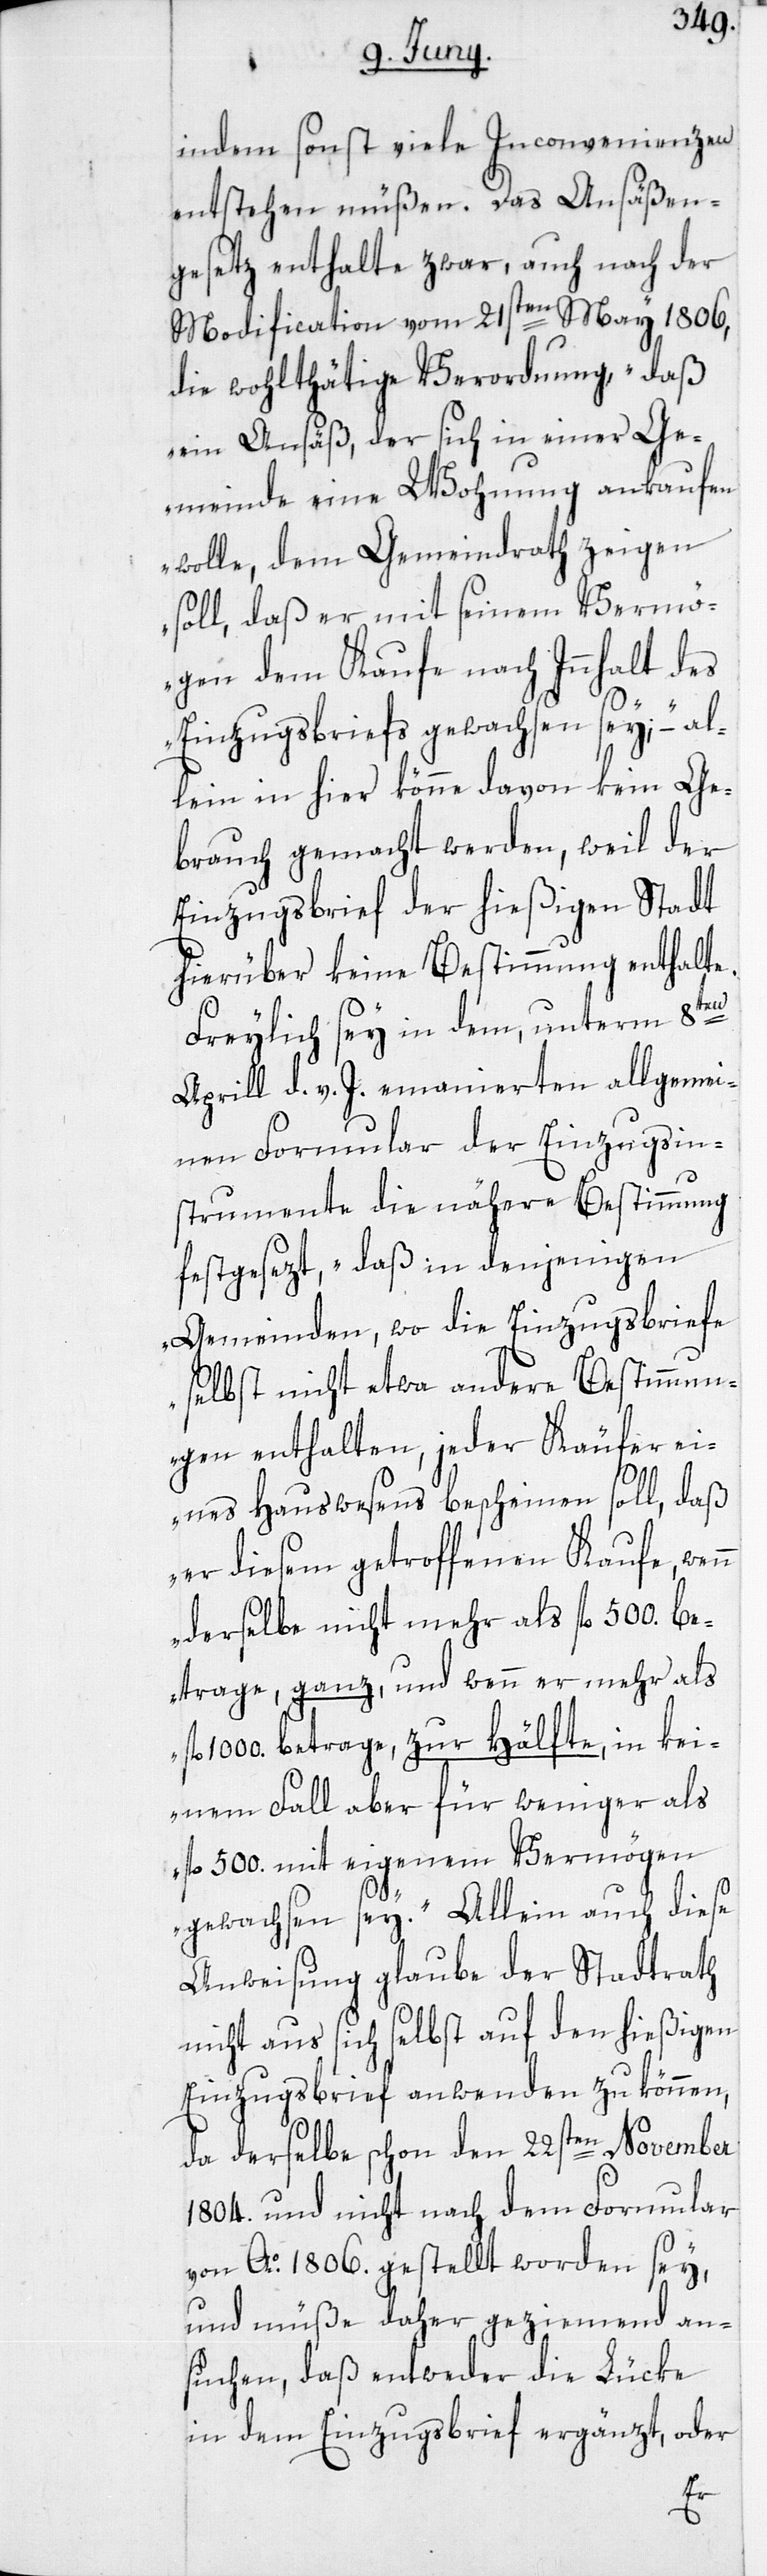
indem sonst viele Inconvenienzen
entstehen müßen. Das Ansäßen¬
gesetz enthalte zwar, auch nach der
Modification vom 21sten May 1806,
die wohlthätige Verordnung, „daß
ein Ansäß, der sich in einer Ge¬
meinde eine Wohnung ankaufen
wolle, dem Gemeindrath zeigen
soll, daß er mit seinem Vermö¬
gen dem Kaufe nach Innhalt des
Einzugsbriefs gewachsen sey“, – al¬
lein in hier könne davon kein Ge¬
brauch gemacht werden, weil der
Einzugsbrief der hießigen Stadt
hierüber keine Bestimmung enthalte.
Freylich sey in dem, unterm 8ten
Aprill d. v. J. emanierten allgemei¬
nen Formular der Einzugsin¬
strumente die nähere Bestimmung
festgesezt, „daß in denjenigen
Gemeinden, wo die Einzugsbriefe
selbst nicht etwa andere Bestimmun¬
gen enthalten, jeder Käufer ei¬
nes Hauswesens bescheinen soll, daß
er diesem getroffenen Kaufe, wenn
derselbe nicht mehr als fl. 500. be¬
trage, ganz, und wenn er mehr als
1000. betrage, zur Hälfte, in kei¬
nem Fall aber für weniger als
fl. 500. mit eigenem Vermögen
gewachsen sey“. Allein auch diese
Anweisung glaube der Stadtrath
nicht aus sich selbst auf den hießigen
Einzugsbrief anwenden zu können,
da derselbe schon den 22sten November
1804. und nicht nach dem Formular
von Ao 1806. gestellt worden sey,
und müße daher geziemend an¬
suchen, daß entweder die Lücke
in dem Einzugsbrief ergänzt, oder